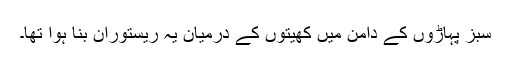
سبز پہاڑوں کے دامن میں کھیتوں کے درمیان یہ ریستوران بنا ہوا تھا۔